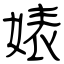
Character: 婊